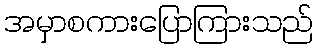
အမှာစကားပြောကြားသည်